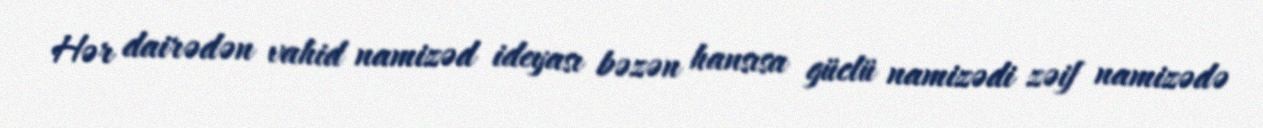
Hər dairədən vahid namizəd ideyası bəzən hansısa güclü namizədi zəif namizədə